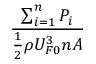
\frac { \sum _ { i = 1 } ^ { n } P _ { i } } { \frac { 1 } { 2 } \rho U _ { F 0 } ^ { 3 } n A }